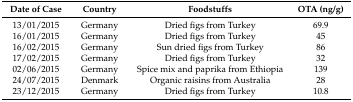
| Date of Case | Country | Foodstuffs | OTA (ng/g) |
 | --- | --- | --- | --- |
 | 13/01/2015 | Germany | Dried figs from Turkey | 69.9 |
 | 16/01/2015 | Germany | Dried figs from Turkey | 45 |
 | 16/02/2015 | Germany | Sun dried figs from Turkey | 86 |
 | 17/02/2015 | Germany | Dried figs from Turkey | 32 |
 | 02/06/2015 | Germany | Spice mix and paprika from Ethiopia | 139 |
 | 24/07/2015 | Denmark | Organic raisins from Australia | 28 |
 | 23/12/2015 | Germany | Dried figs from Turkey | 10.8 |